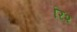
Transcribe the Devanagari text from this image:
रि२